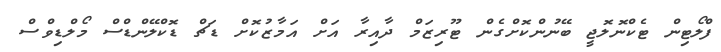
ފްލޯޓިން ޓެކްނޮލޮޖީ ބޭނުންކޮށްގެން ޓޫރިޒަމް ދާއިރާ އަށް އަމާޒުކޮށް ޑަޗް ޑޮކްލޭންޑްސް މޯލްޑިވްސް